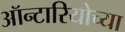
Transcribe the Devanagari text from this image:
ऑन्टारियोच्या